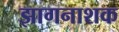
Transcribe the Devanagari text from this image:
झागनाशक